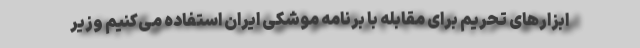
ابزارهای تحریم برای مقابله با برنامه موشکی ایران استفاده می‌کنیم وزیر